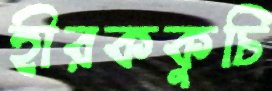
হীরককুচি